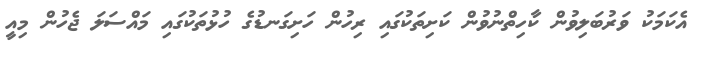
އެކަމަކު ވަރުބަލިވުން ކާހިތްނުވުން ކަށިތަކުގައި ރިހުން ހަށިގަނޑުގެ ހުޅުތަކުގައި މައްސަލަ ޖެހުން މިއީ